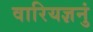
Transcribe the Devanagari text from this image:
वारियज्ञनुं